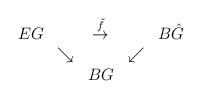
LaTeX: \begin{align*}\begin{array}{ccccc} EG && \stackrel{\tilde f} {\rightarrow} && B\hat G \\&\searrow & & \swarrow &\\& & BG & &\end{array}\end{align*}